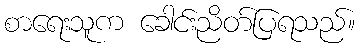
စာရေးသူက ခေါင်းညိတ်ပြရသည်။